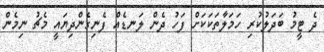
ދެ ޓީމު ބަދަލުކުރި ހަމަލާތަކަކަށް ފަހު ދެން ލަނޑެއް ފެނިގެންދިޔައީ މެޗު ނިމެން